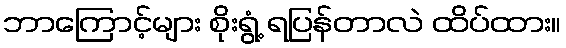
ဘာကြောင့်များ စိုးရွံ့ ရပြန်တာလဲ ထိပ်ထား။